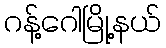
ဂန့်ဂေါမြို့နယ်